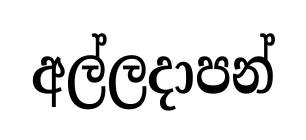
අල්ලදාපන්